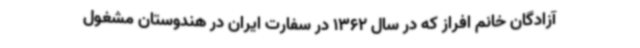
آزادگان خانم افراز که در سال 1362 در سفارت ایران در هندوستان مشغول